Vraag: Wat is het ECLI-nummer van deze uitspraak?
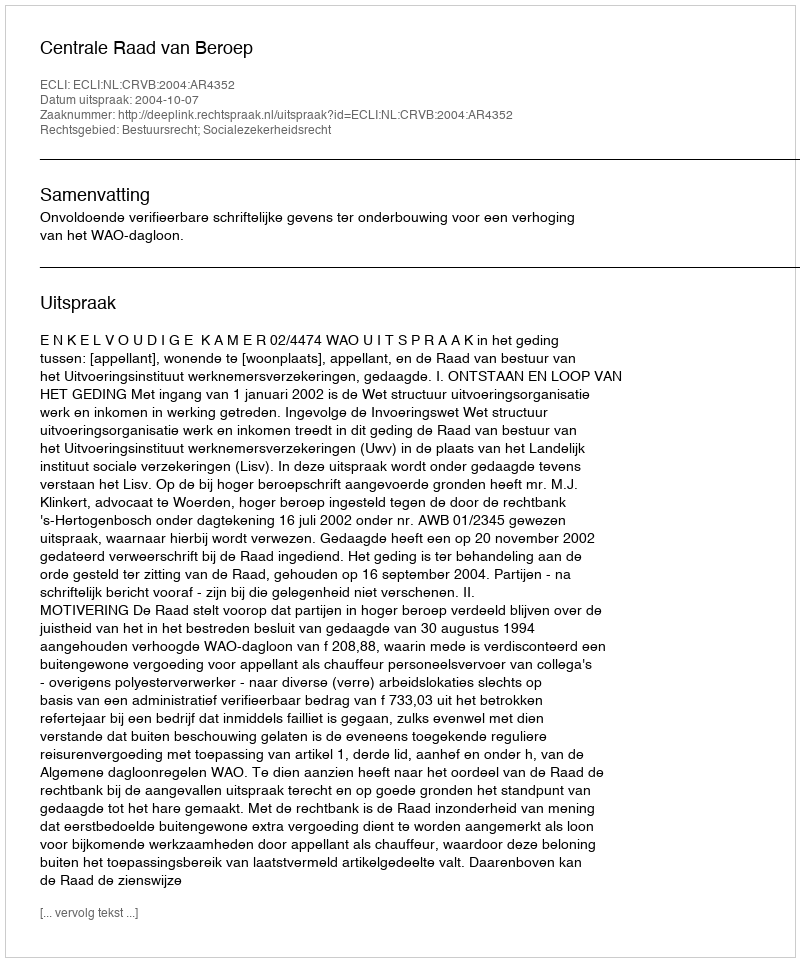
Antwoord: ECLI:NL:CRVB:2004:AR4352